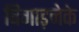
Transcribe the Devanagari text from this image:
बिगाड़नेके